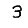
Digit: 3